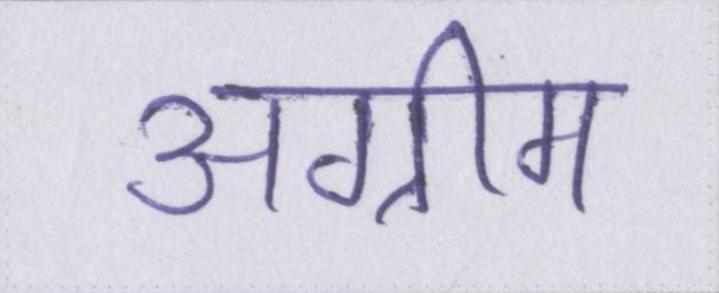
अग्रीम